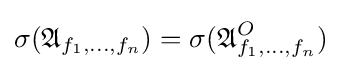
\sigma ({\mathfrak {A}}_{f_{1},\dots ,f_{n}})=\sigma ({\mathfrak {A}}_{f_{1},\dots ,f_{n}}^{O})